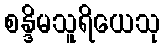
စန္ဒိမသူရိယေသု